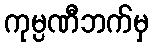
ကုမ္ပဏီဘက်မှ